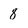
Character: 8